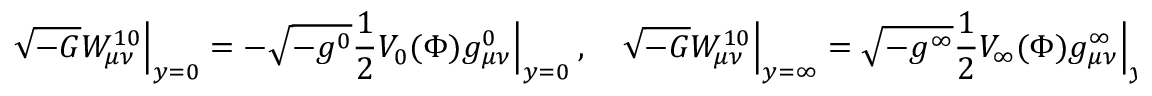
\sqrt { - G } W _ { \mu \nu } ^ { 1 0 } \Big | _ { y = 0 } = - \sqrt { - g ^ { 0 } } \frac { 1 } { 2 } V _ { 0 } ( \Phi ) g _ { \mu \nu } ^ { 0 } \Bigr | _ { y = 0 } \ , \quad \sqrt { - G } W _ { \mu \nu } ^ { 1 0 } \Big | _ { y = \infty } = \sqrt { - g ^ { \infty } } \frac { 1 } { 2 } V _ { \infty } ( \Phi ) g _ { \mu \nu } ^ { \infty } \Bigr | _ { y = \infty } \ .